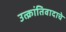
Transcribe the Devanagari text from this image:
उत्क्रांतिवादाचे